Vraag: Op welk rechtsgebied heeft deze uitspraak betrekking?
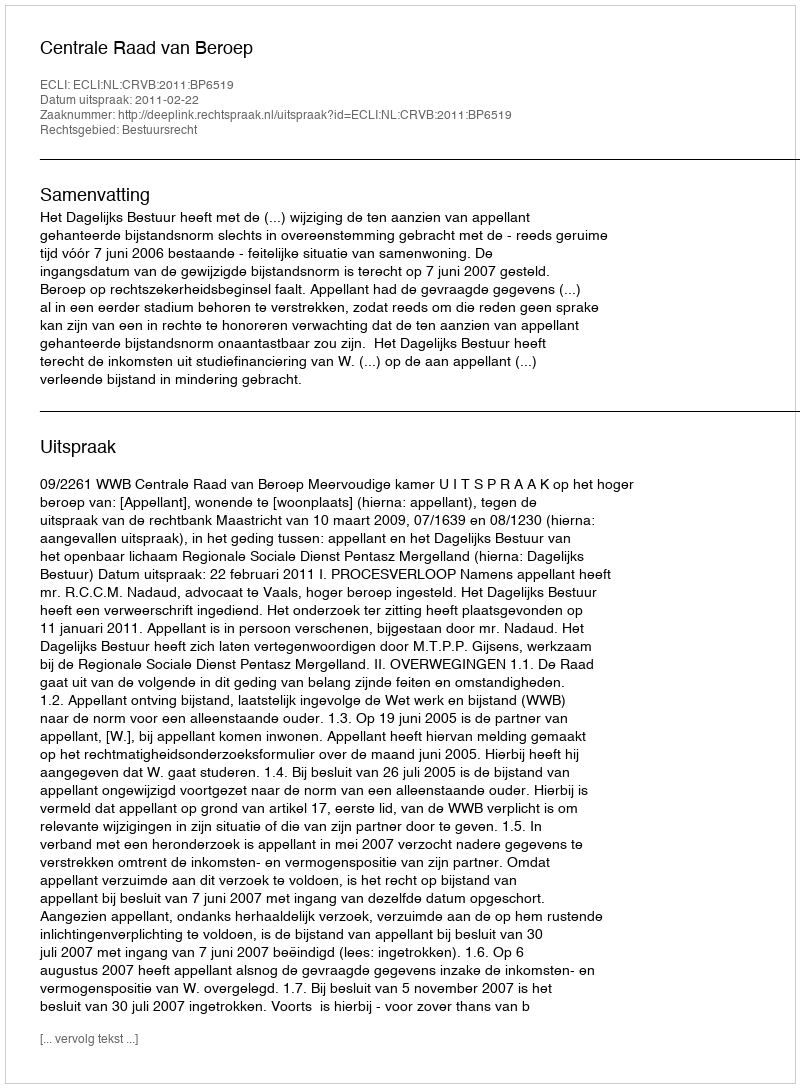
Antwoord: Bestuursrecht